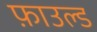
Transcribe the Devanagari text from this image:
फ़ाउल्ड